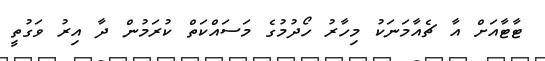
ޓާޓާއަށް އާ ޗެއާމަނަކު މިހާރު ހޯދުމުގެ މަސައްކަތް ކުރަމުން ދާ އިރު ވަގުތީ